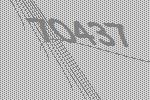
70437